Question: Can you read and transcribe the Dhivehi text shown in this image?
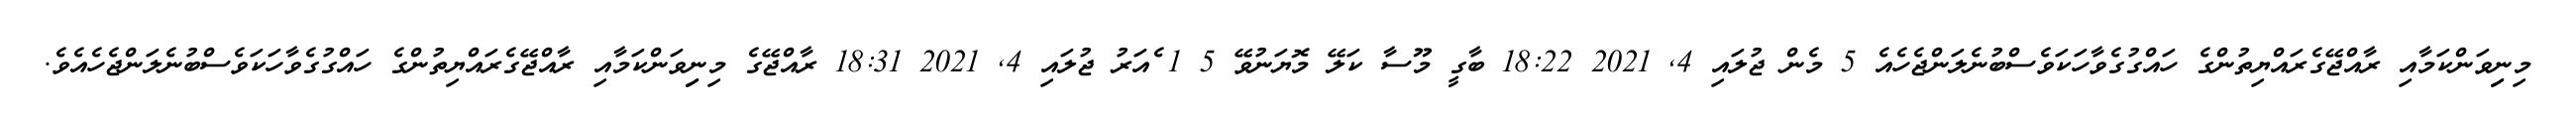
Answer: މިނިިވަންކަމާއި ރާއްޖޭގެރައްޔިތުންގެ ހައްގުގެވާހަކަވެސްބުނެލަންޖެހެއެ 5 މެން ޖުލައި 4, 2021 18:22 ބާގީ މޫސާ ކަލޭ މޮޔަނުވޭ 5 1 ެއަރު ޖުލައި 4, 2021 18:31 ރާއްޖޭގެ މިނިިވަންކަމާއި ރާއްޖޭގެރައްޔިތުންގެ ހައްގުގެވާހަކަވެސްބުނެލަންޖެހެއެވެ.